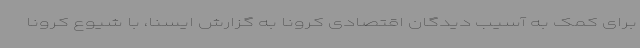
برای کمک به آسیب دیدگان اقتصادی کرونا به گزارش ایسنا، با شیوع کرونا